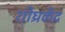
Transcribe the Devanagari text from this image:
शीघ्रकेंद्र